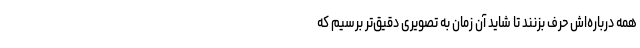
همه درباره‌اش حرف بزنند تا شاید آن زمان به تصویری دقیق‌تر برسیم که